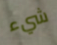
شيء